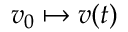
v _ { 0 } \mapsto v ( t )